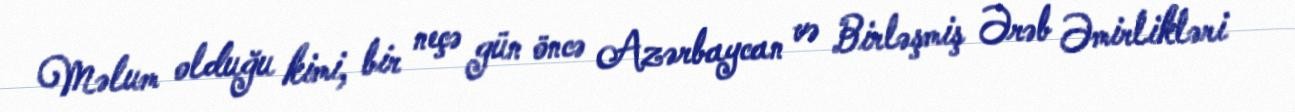
Məlum olduğu kimi, bir neçə gün öncə Azərbaycan və Birləşmiş Ərəb Əmirlikləri